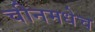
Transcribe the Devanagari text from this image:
चीनमधेच